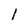
Character: 1